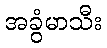
အခွံမာသီး